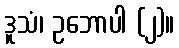
ဒူသံ၊ ဥဘောပါ (၂)။